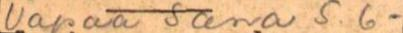
Vapaa Sana S. 6-